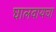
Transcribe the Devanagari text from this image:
घालवायचा